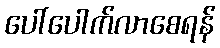
ပေါ်ပေါက်လာစေရန်